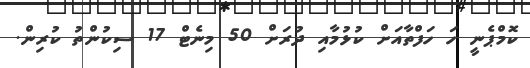
ކޮމްޕެނީ ހަ ހަފްތާއަށް ކުޅުމާއި ދުރަށް 50 މިނެޓް 17 ސިކުންތު ކުރިން.